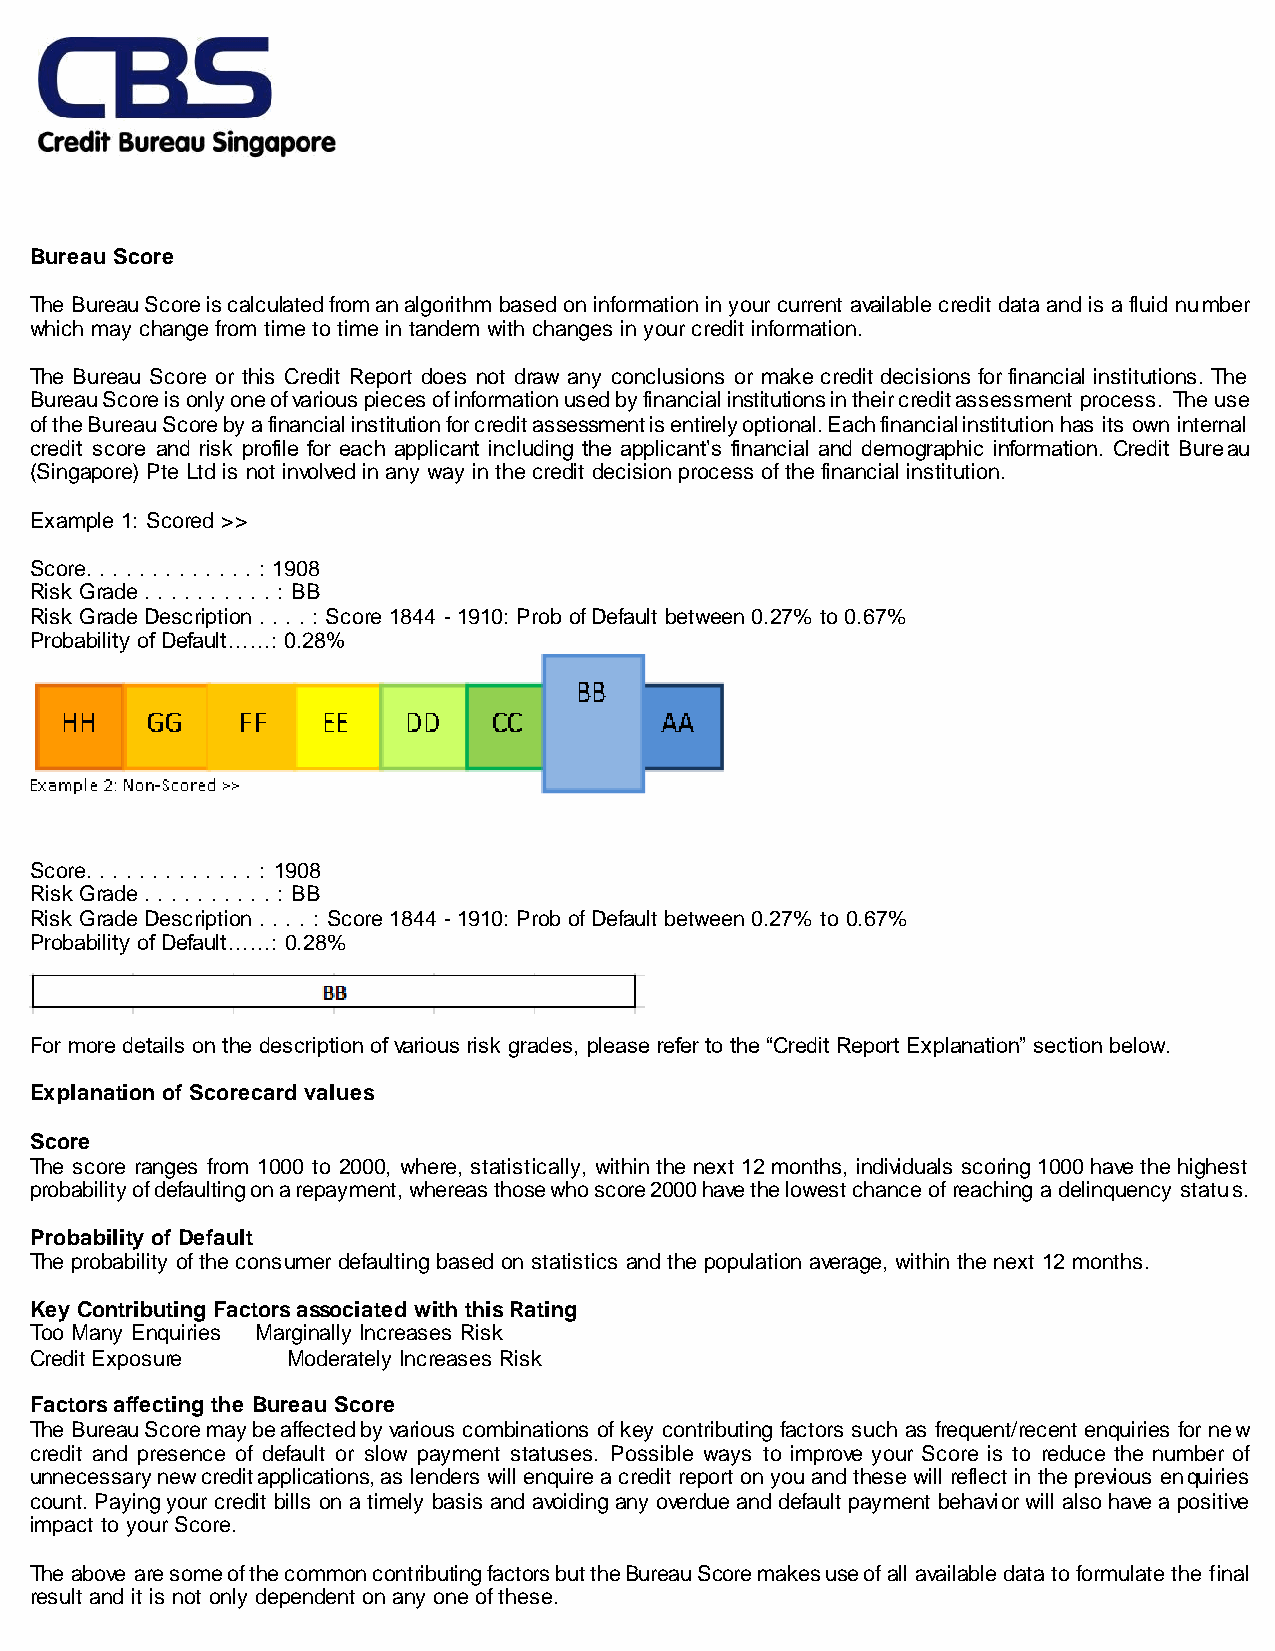
Bureau Score
 The Bureau Score is calculated from an algorithm based on information in your current available credit data and is a fluid number
 which may change from time to time in tandem with changes in your credit information.
 The Bureau Score or this Credit Report does not draw any conclusions or make credit decisions for financial institutions. The
 Bureau Score is only one of various pieces of information used by financial institutions in their credit assessment process. The use
 of the Bureau Score by a financial institution for credit assessment is entirely optional. Each financial institution has its own internal
 credit score and risk profile for each applicant including the applicant’s financial and demographic information. Credit Bureau
 (Singapore) Pte Ltd is not involved in any way in the credit decision process of the financial institution.
 Example 1: Scored >>
 Score. . . . . . . . . . . . . : 1908
 Risk Grade . . . . . . . . . . : BB
 Risk Grade Description . . . . : Score 1844 - 1910: Prob of Default between 0.27% to 0.67%
 Probability of Default……: 0.28%
 Score. . . . . . . . . . . . . : 1908
 Risk Grade . . . . . . . . . . : BB
 Risk Grade Description . . . . : Score 1844 - 1910: Prob of Default between 0.27% to 0.67%
 Probability of Default……: 0.28%
 For more details on the description of various risk grades, please refer to the “Credit Report Explanation” section below.
 Explanation of Scorecard values
 Score
 The score ranges from 1000 to 2000, where, statistically, within the next 12 months, individuals scoring 1000 have the highest
 probability of defaulting on a repayment, whereas those who score 2000 have the lowest chance of reaching a delinquency status.
 Probability of Default
 The probability of the consumer defaulting based on statistics and the population average, within the next 12 months.
 Key Contributing Factors associated with this Rating
 Too Many Enquiries Marginally Increases Risk
 Credit Exposure  Moderately Increases Risk
 Factors affecting the Bureau Score
 The Bureau Score may be affected by various combinations of key contributing factors such as frequent/recent enquiries for new
 credit and presence of default or slow payment statuses. Possible ways to improve your Score is to reduce the number of
 unnecessary new credit applications, as lenders will enquire a credit report on you and these will reflect in the previous enquiries
 count. Paying your credit bills on a timely basis and avoiding any overdue and default payment behavior will also have a positive
 impact to your Score.
 The above are some of the common contributing factors but the Bureau Score makes use of all available data to formulate the final
 result and it is not only dependent on any one of these.